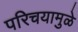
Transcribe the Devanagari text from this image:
परिचयामुळे